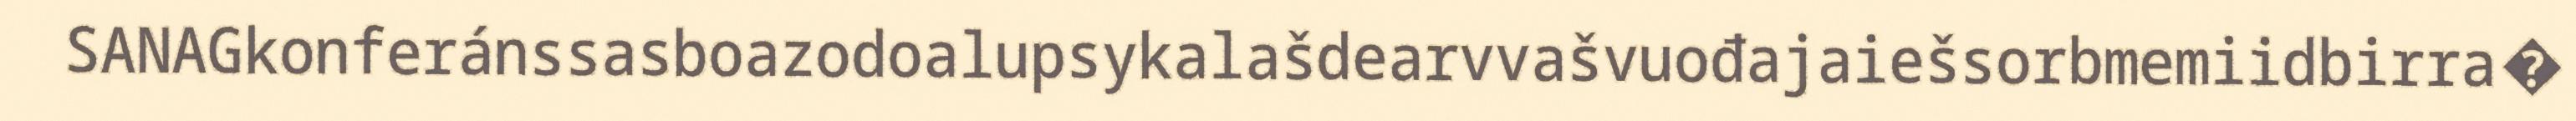
SANAGkonferánssasboazodoalupsykalašdearvvašvuođajaiešsorbmemiidbirra�